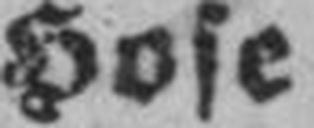
Hose